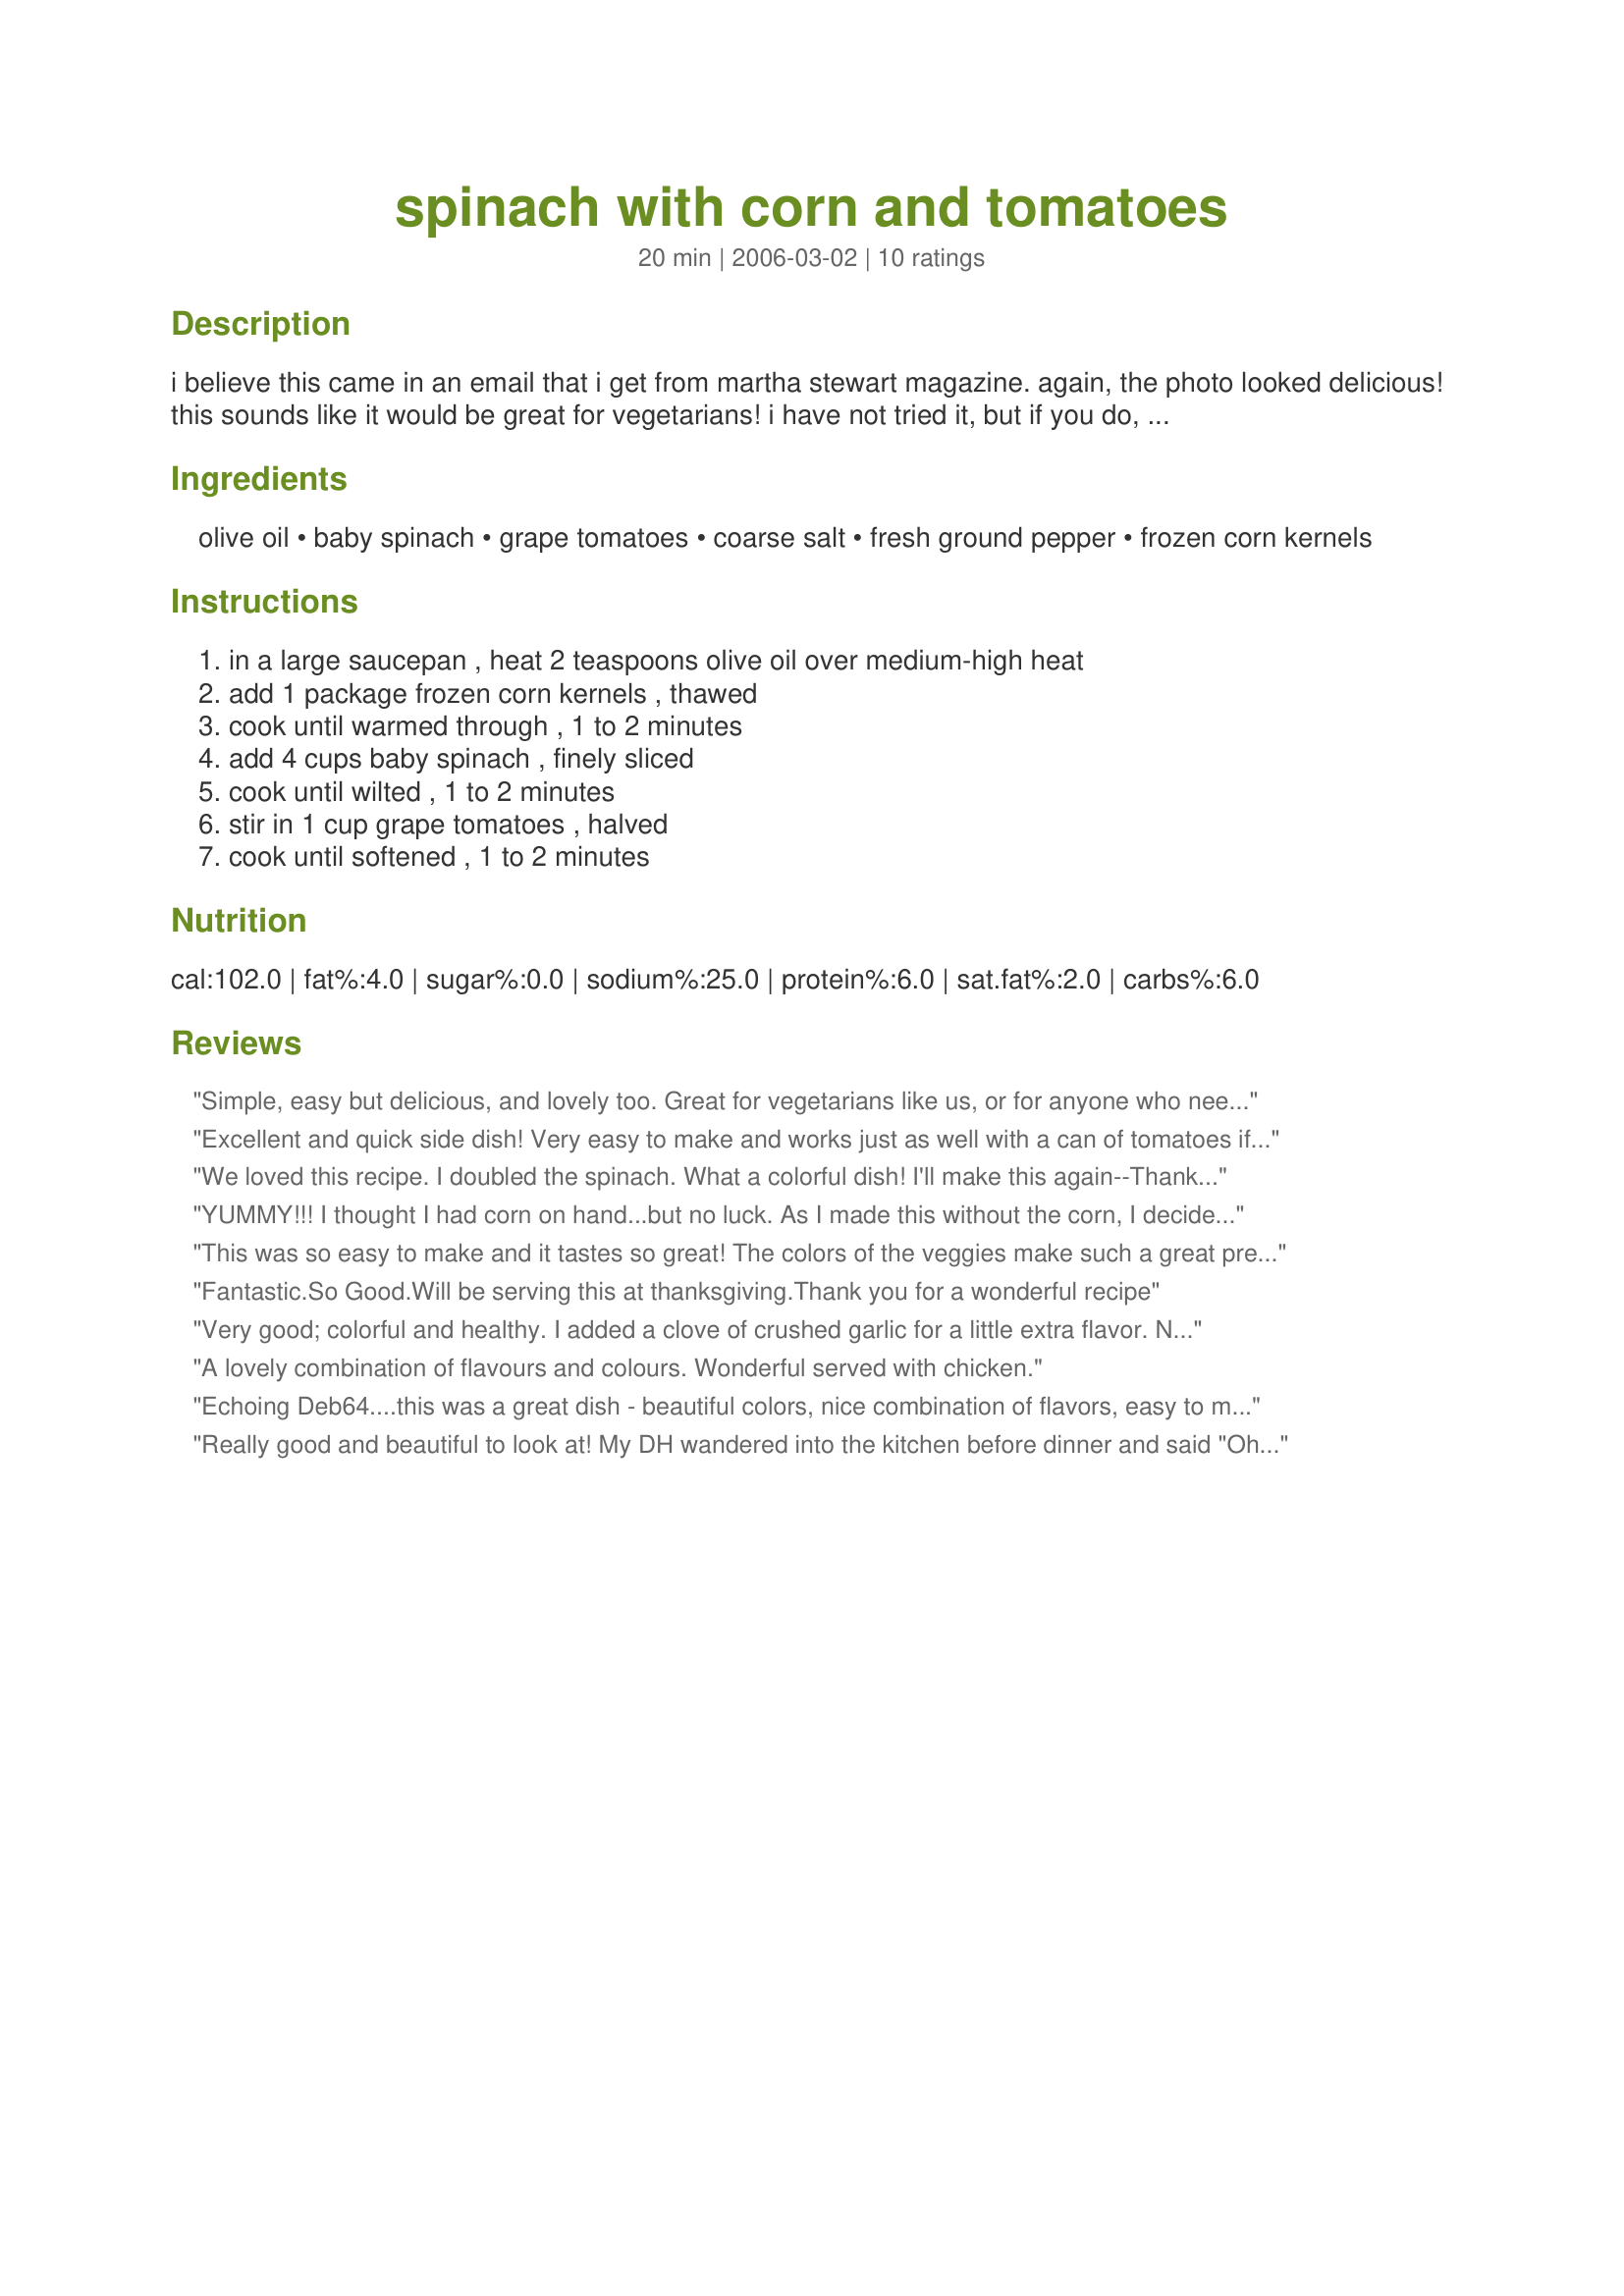
spinach with corn and tomatoes
Preparation time: 20 minutes

i believe this came in an email that i get from martha stewart magazine. again, the photo looked delicious! this sounds like it would be great for vegetarians! i have not tried it, but if you do, i hope you enjoy!

Ingredients:
olive oil, baby spinach, grape tomatoes, coarse salt, fresh ground pepper, frozen corn kernels

Steps:
in a large saucepan , heat 2 teaspoons olive oil over medium-high heat, add 1 package frozen corn kernels , thawed, cook until warmed through , 1 to 2 minutes, add 4 cups baby spinach , finely sliced, cook until wilted , 1 to 2 minutes, stir in 1 cup grape tomatoes , halved, cook until softened , 1 to 2 minutes

Reviews:
Simple, easy but delicious, and lovely too. Great for vegetarians like us, or for anyone who needs a delicious veggie fix. Simplicity of recipe let the taste of the vegetables shine through. We like our veggies on the salty side, and this was salty enough for us but if you like less you may want to cut back. Too easy and good not to make again!
Excellent and quick side dish! Very easy to make and works just as well with a can of tomatoes if you don't have fresh on hand.
We loved this recipe. I doubled the spinach. What a colorful dish! I'll make this again--Thanks a bunch!!!!
Donna
YUMMY!!! I thought I had corn on hand...but no luck. As I made this without the corn, I decided it needed a "little something else". I added bacon bits...and it was a hit!!! Thanks Bobtail!!!
This was so easy to make and it tastes so great! The colors of the veggies make such a great presentation. Thanks for the recipe Cricket.
Fantastic.So Good.Will be serving this at thanksgiving.Thank you for a wonderful recipe
Very good; colorful and healthy. I added a clove of crushed garlic for a little extra flavor. Next time, I would probably use about half the amount of salt, and let people add extra at the table to their liking.
A lovely combination of flavours and colours. Wonderful served with chicken.
Echoing Deb64....this was a great dish - beautiful colors, nice combination of flavors, easy to make. And I used fresh bagged spinach & am still ok to tell about it. ;) Made for my PAC baby. Thank you for posting!
Really good and beautiful to look at! My DH wandered into the kitchen before dinner and said "Oh, that's pretty!" Such simple ingredients produced a very tasty side-dish to pork chops. Thanks!
